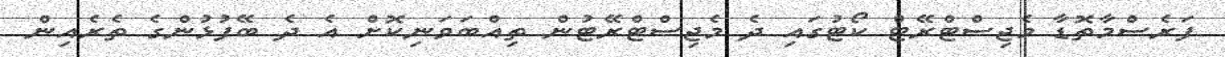
ފަރެސްމާތޮޑާ މެޖިސްޓްރޭޓް ކޯޓުގައި ދެ މެޖިސްޓްރޭޓުން ތިއްބަވަނިކޮށް އެ ދެ ބޭފުޅުންގެ ތެރެއިން